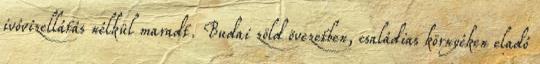
ivóvízellátás nélkül maradt. Budai zöld övezetben, családias környéken eladó